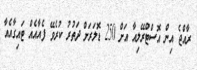
ރާއްޖެ އިން އޮސްޓްރޭލިއާ އަށް 250 ޑޮލަރަށް ދަތުރު ކުރެވޭ ފެއާއެއް ޓައިގާއެއާ